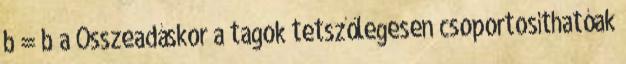
b = b a Összeadáskor a tagok tetszőlegesen csoportosíthatóak